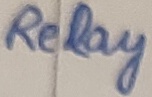
Text: Relay